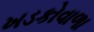
ખડકોવાળા